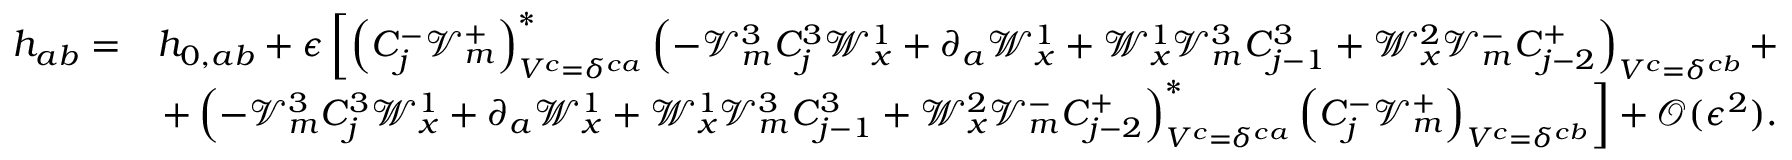
\begin{array} { r l } { h _ { a b } = } & { h _ { 0 , a b } + \epsilon \left[ \left( C _ { j } ^ { - } \mathcal { V } _ { m } ^ { + } \right) _ { V ^ { c } = \delta ^ { c a } } ^ { * } \left( - \mathcal { V } _ { m } ^ { 3 } C _ { j } ^ { 3 } \mathcal { W } _ { x } ^ { 1 } + \partial _ { a } \mathcal { W } _ { x } ^ { 1 } + \mathcal { W } _ { x } ^ { 1 } \mathcal { V } _ { m } ^ { 3 } C _ { j - 1 } ^ { 3 } + \mathcal { W } _ { x } ^ { 2 } \mathcal { V } _ { m } ^ { - } C _ { j - 2 } ^ { + } \right) _ { V ^ { c } = \delta ^ { c b } } + \right. } \\ & { \left. + \left( - \mathcal { V } _ { m } ^ { 3 } C _ { j } ^ { 3 } \mathcal { W } _ { x } ^ { 1 } + \partial _ { a } \mathcal { W } _ { x } ^ { 1 } + \mathcal { W } _ { x } ^ { 1 } \mathcal { V } _ { m } ^ { 3 } C _ { j - 1 } ^ { 3 } + \mathcal { W } _ { x } ^ { 2 } \mathcal { V } _ { m } ^ { - } C _ { j - 2 } ^ { + } \right) _ { V ^ { c } = \delta ^ { c a } } ^ { * } \left( C _ { j } ^ { - } \mathcal { V } _ { m } ^ { + } \right) _ { V ^ { c } = \delta ^ { c b } } \right] + \mathcal { O } ( \epsilon ^ { 2 } ) . } \end{array}